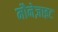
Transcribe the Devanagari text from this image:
मौनेज़ाइट